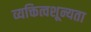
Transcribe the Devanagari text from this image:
व्यक्तित्वशून्यता